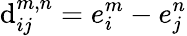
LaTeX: \mathrm{d}_{ij}^{m,n}=e_{i}^{m}-e_{j}^{n}